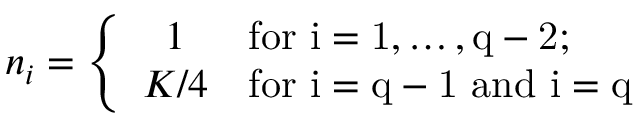
n _ { i } = \left\{ \begin{array} { c l } { { 1 } } & { { \mathrm { f o r ~ i = 1 , \dots , q - 2 ; ~ } } } \\ { { K / 4 } } & { { \mathrm { f o r ~ i = q - 1 ~ a n d ~ i = q ~ } } } \end{array} \right.